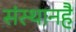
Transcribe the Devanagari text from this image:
संस्थानहै